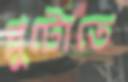
প্লুটোতে